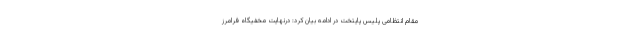
مقام انتظامی پلیس پایتخت در ادامه بیان کرد: درنهایت مخفیگاه فرامرز